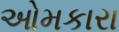
ઓમકારા